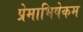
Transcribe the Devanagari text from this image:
प्रेमाभिषेकम